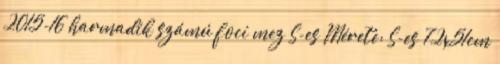
2015-16 harmadik számú foci mez S-es Mérete: S-es 72x51cm